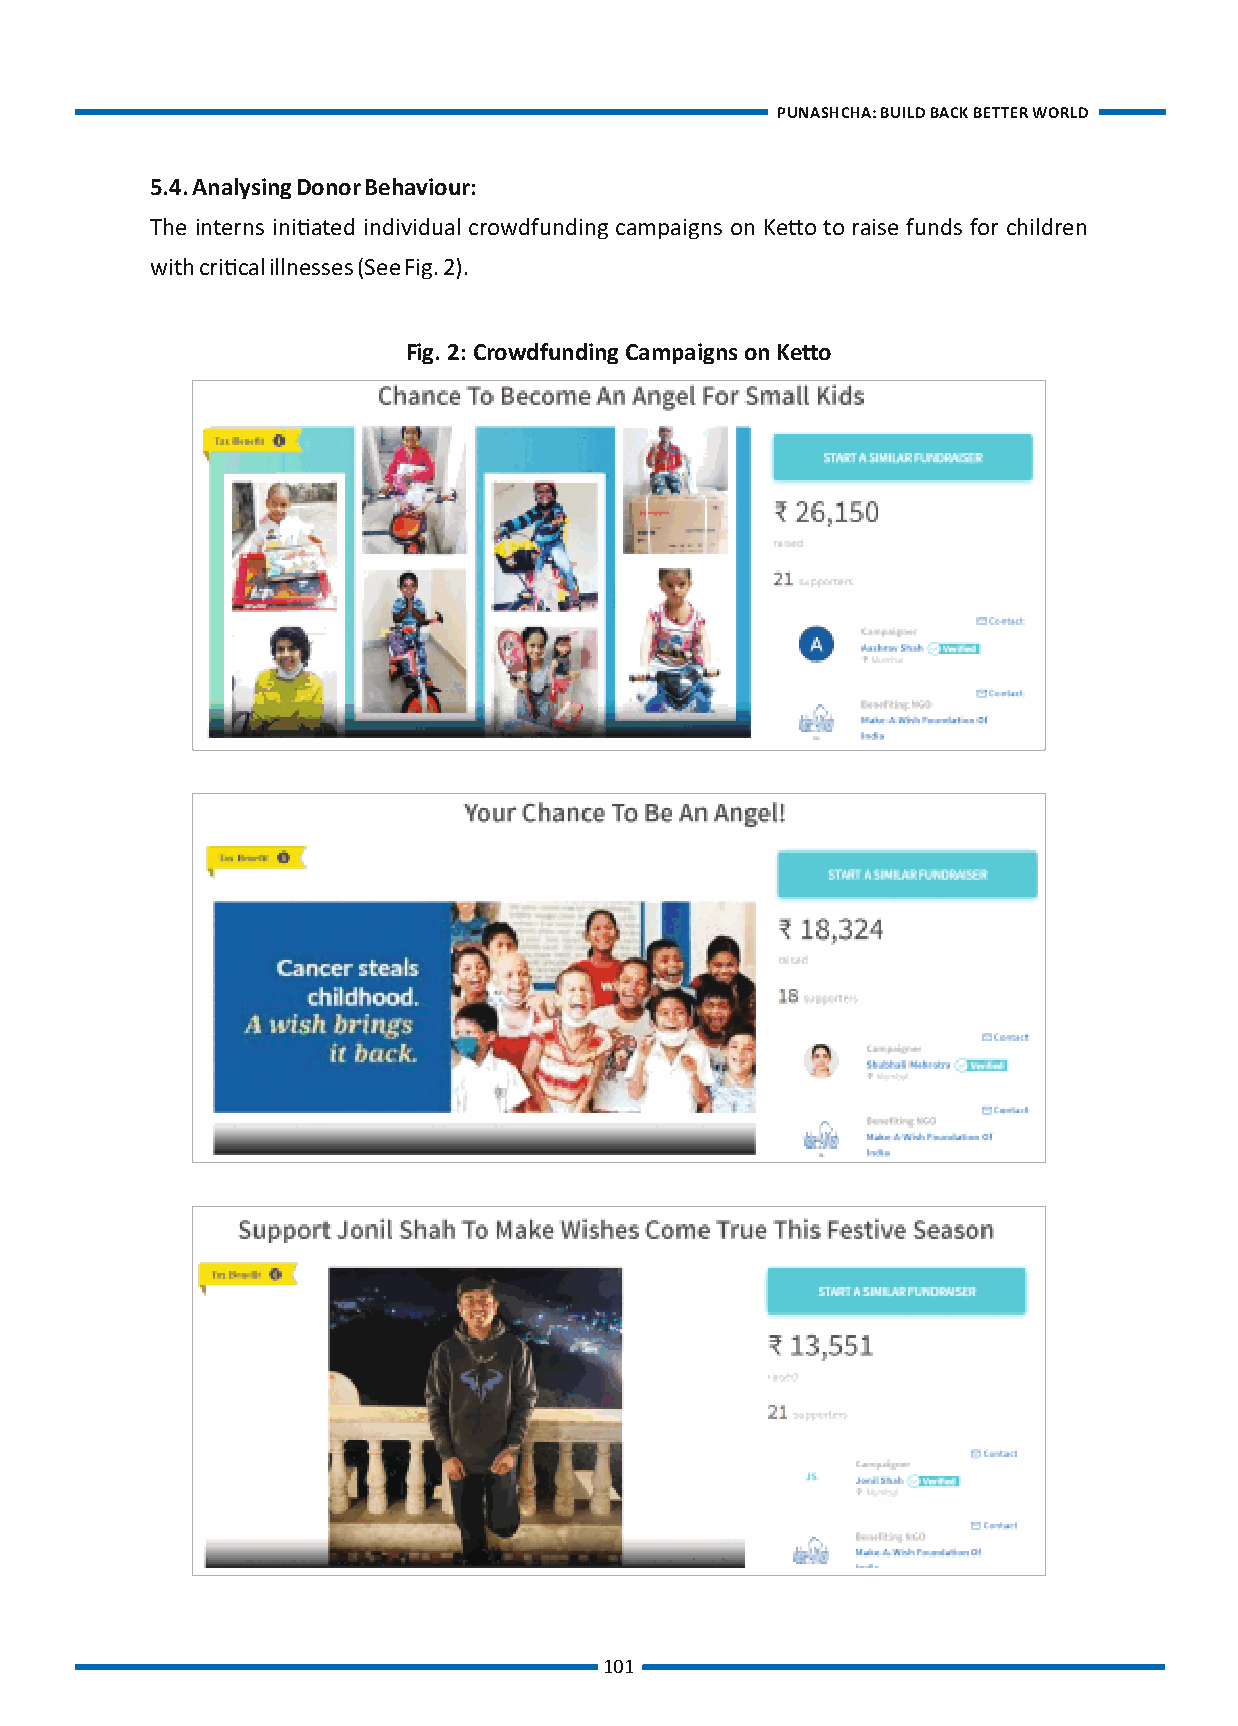
Source: Developed by Authors Photo capon d make efforts to create a more secure and sustainable society. Else the world's future will
 be at stake. Growing social and economic inequalities has created urgency to refocus our
 The ones who made it possible…
 References
 efforts on sustainab
 PUNASHCHA: BUILD BACK BETTER WORLD                 PUNASHCHA: BUILD BACK BETTER WORLD
 Table 2: Internaonal Donaon-based Crowdfunding Plaorms
 5.4. Analysing Donor Behaviour:
 Plaorm Name Founded in Pricing The interns iniated individual crowdfunding campaigns on Keo to raise funds for children
 MightyCause 2006 Processing fee of 1.2% of funds raised + 29 cents per with crical illnesses (See Fig. 2).
 transacon
 99$ for Full-services Advance Plan
 Fig. 2: Crowdfunding Campaigns on Keo
 FundRazr 2009 No plaorm fee
 Processing fee of 2.9% + $0.30 (depending on the country)
 standard third-party payment processing fee charged by
 PayPal, Stripe or WePay
 There is a Rockethub 2010 4% of funds collected, plus 4% payment processing fees, if
 the project is fully funded, and 8% + 4% payment
 staggering lack of
 processing fees if the project does not reach its goal
 infrastructure
 GoFundMe 2010 For charity 0% plaorm fee &
 across the enre
 processing fee of 1.9% + $0.30 per transacon
 agricultural value
 chain. Source: Mightycause.com, Fundrazr.com, Crunchbase.com, Gofundme.com.
 Fragmented
 supply chain also
 The above plaorms facilitate fundraising for causes such as medical, emergency, educaon,
 has added to the
 environment, animal, small businesses. In light of the current pandemic, GoFundMe has
 woes of the
 created a separate fundraiser called Cornovirus fundraising to provide relief and support to the
 farmers such as
 regions/ people affected by Covid-19 (Gofundme, 2021).
 post-harvest
 losses of fruits &
 Go FundMe, RocketHub, and Mightycause follow a flexible funding policy, where the campaign
 vegetables due to
 iniator is permied to keep all they get, irrespecve of the targeted goal. Whereas, FundRazrr
 gaps in storage,
 allows the campaign iniator to opt for a flexible or fixed funding campaign. It was also
 cold chains, and
 observed that the internaonal plaorms laid special emphasis on showing the impact created
 limited
 to the donors. For instance, FundRazr offers an opon for automacally generang milestone
 connecvity.
 graphics that allows the campaign iniator to visually share progress with the donor
 community (Fundrazr.com, n.d.).
 It can be concluded from the review listed above that crowdfunding for social causes in India
 has gained momentum due to digizaon. The ease of scaling up the reach for a fundraiser,
 offering customized services, increasing transparency, and evoking compassion is a boon to
 individuals and organizaons in need.
 100                                     101